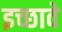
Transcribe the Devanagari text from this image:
इच्छावे